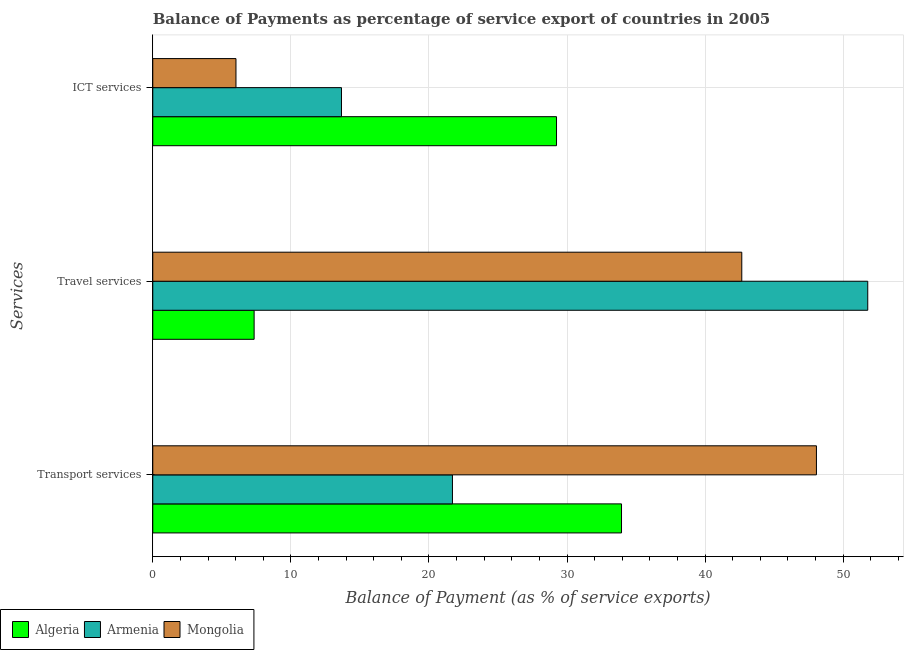
| Services | Algeria | Armenia | Mongolia |
 | --- | --- | --- | --- |
 | Transport services | 33.9 | 21.7 | 48.1 |
 | Travel services | 7.34 | 51.8 | 42.7 |
 | ICT services | 29.2 | 13.7 | 6.02 |